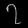
Digit: ၇